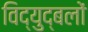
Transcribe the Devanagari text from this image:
विद्युद्बलों